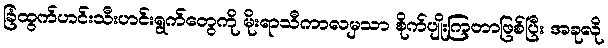
ခြံထွက်ဟင်းသီးဟင်းရွက်တွေကို မိုးရာသီကာလမှသာ စိုက်ပျိုးကြတာဖြစ်ပြီး အခုလို